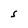
Character: S